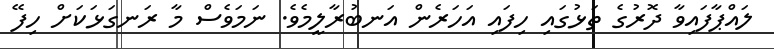
ލައްޕާފައިވާ ދޮރުގެ ތަޅުގައި ހިފައި އަހަރެން އަނބުރާލީމެވެ. ނަމަވެސް މާ ރަނގަޅަކަށް ހިފޭ